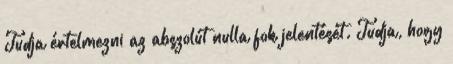
Tudja értelmezni az abszolút nulla fok jelentését. Tudja, hogy